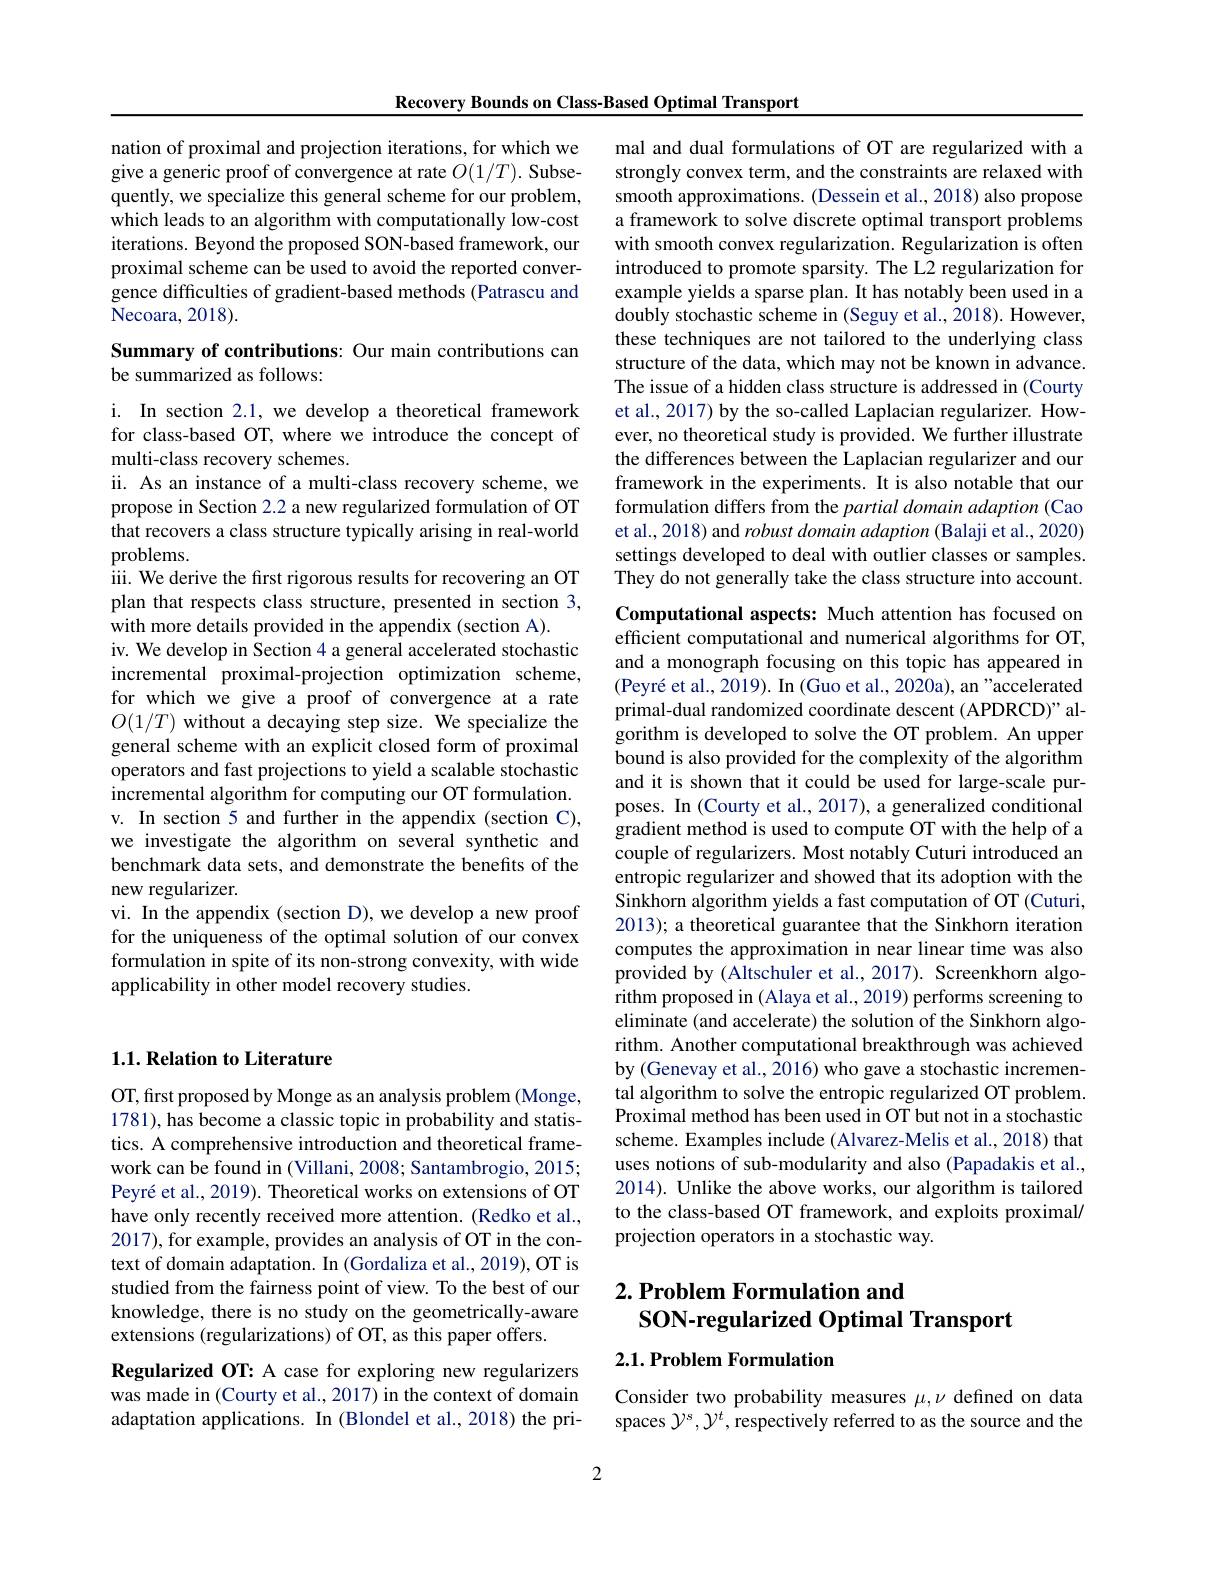
Recovery Bounds on Class-Based Optimal Transport

nation of proximal and projection iterations, for which we give a generic proof of convergence at rate $O(1/T).$ Subsequently, we specialize this general scheme for our problem, which leads to an algorithm with computationally low-cost iterations. Beyond the proposed SON-based framework, our proximal scheme can be used to avoid the reported convergence difficulties of gradient-based methods (Patrascu and Necoara, 2018).

## Summary of contributions: Our main contributions can be summarized as follows:

i. In section 2.1, we develop a theoretical framework for class-based OT, where we introduce the concept of multi-class recovery schemes.
ii. As an instance of a multi-class recovery scheme, we propose in Section 2.2 a new regularized formulation of OT that recovers a class structure typically arising in real-world problems.
iii. We derive the first rigorous results for recovering an OT plan that respects class structure, presented in section 3, with more details provided in the appendix (section A).
iv. We develop in Section 4 a general accelerated stochastic incremental proximal-projection optimization scheme, for which we give a proof of convergence at a rate $O(1/T)$ without a decaying step size. We specialize the general scheme with an explicit closed form of proximal operators and fast projections to yield a scalable stochastic incremental algorithm for computing our OT formulation. v. In section 5 and further in the appendix (section C), we investigate the algorithm on several synthetic and benchmark data sets, and demonstrate the benefits of the new regularizer.
vi. In the appendix (section D), we develop a new proof for the uniqueness of the optimal solution of our convex formulation in spite of its non-strong convexity, with wide applicability in other model recovery studies.

## $1. 1. \textbf{Relation to Literature}$

OT, first proposed by Monge as an analysis problem (Monge, 1781), has become a classic topic in probability and statistics. A comprehensive introduction and theoretical framework can be found in (Villani, 2008; Santambrogio, 2015; Peyré et al., 2019). Theoretical works on extensions of OT have only recently received more attention. (Redko et al., 2017), for example, provides an analysis of OT in the context of domain adaptation. In (Gordaliza et al., 2019), OT is studied from the fairness point of view. To the best of our knowledge, there is no study on the geometrically-aware extensions (regularizations) of OT, as this paper offers.

Regularized OT: A case for exploring new regularizers was made in (Courty et al., 2017) in the context of domain adaptation applications. In (Blondel et al., 2018) the pri-

mal and dual formulations of OT are regularized with a strongly convex term, and the constraints are relaxed with smooth approximations. (Dessein et al., 2018) also propose a framework to solve discrete optimal transport problems with smooth convex regularization. Regularization is often introduced to promote sparsity. The L2 regularization for example yields a sparse plan. It has notably been used in a doubly stochastic scheme in (Seguy et al., 2018). However, these techniques are not tailored to the underlying class structure of the data, which may not be known in advance The issue of a hidden class structure is addressed in (Courty et al., 2017) by the so-called Laplacian regularizer. However, no theoretical study is provided. We further illustrate the differences between the Laplacian regularizer and our framework in the experiments. It is also notable that our formulation differs from the partial domain adaption (Cao et al., 2018) and robust domain adaption ( Balaji et al., 2020) settings developed to deal with outlier classes or samples. They do not generally take the class structure into account.

Computational aspects: Much attention has focused on efficient computational and numerical algorithms for OT, and a monograph focusing on this topic has appeared in $( \text{Peyr\' {e}etal. , 2019) . In}($Guo et al.,2020a), an"accelerated primal-dual randomized coordinate descent (APDRCD)" algorithm is developed to solve the OT problem. An upper bound is also provided for the complexity of the algorithm and it is shown that it could be used for large-scale purposes. In (Courty et al., 2017), a generalized conditional gradient method is used to compute OT with the help of a couple of regularizers. Most notably Cuturi introduced an entropic regularizer and showed that its adoption with the Sinkhorn algorithm yields a fast computation of OT (Cuturi, 2013); a theoretical guarantee that the Sinkhorn iteration computes the approximation in near linear time was also provided by (Altschuler et al.,2017). Screenkhorn algorithm proposed in (Alaya et al., 2019) performs screening to eliminate (and accelerate) the solution of the Sinkhorn algorithm. Another computational breakthrough was achieved by (Genevay et al., 2016) who gave a stochastic incremental algorithm to solve the entropic regularized OT problem. Proximal method has been used in OT but not in a stochastic scheme. Examples include (Alvarez-Melis et al.,2018) that uses notions of sub-modularity and also (Papadakis et al., 2014). Unlike the above works, our algorithm is tailored to the class-based OT framework, and exploits proximal/ projection operators in a stochastic way.

## $2. \textbf{ Problem Formulation and}$ SON-regularized Optimal Transport

2.1. Problem Formulation

Consider two probability measures $\mu,\nu$ defined on data spaces $\mathcal{Y}^s,\mathcal{Y}^t$,respectively referred to as the source and the

2